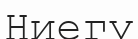
Ниегу